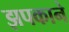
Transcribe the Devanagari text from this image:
झपकाने